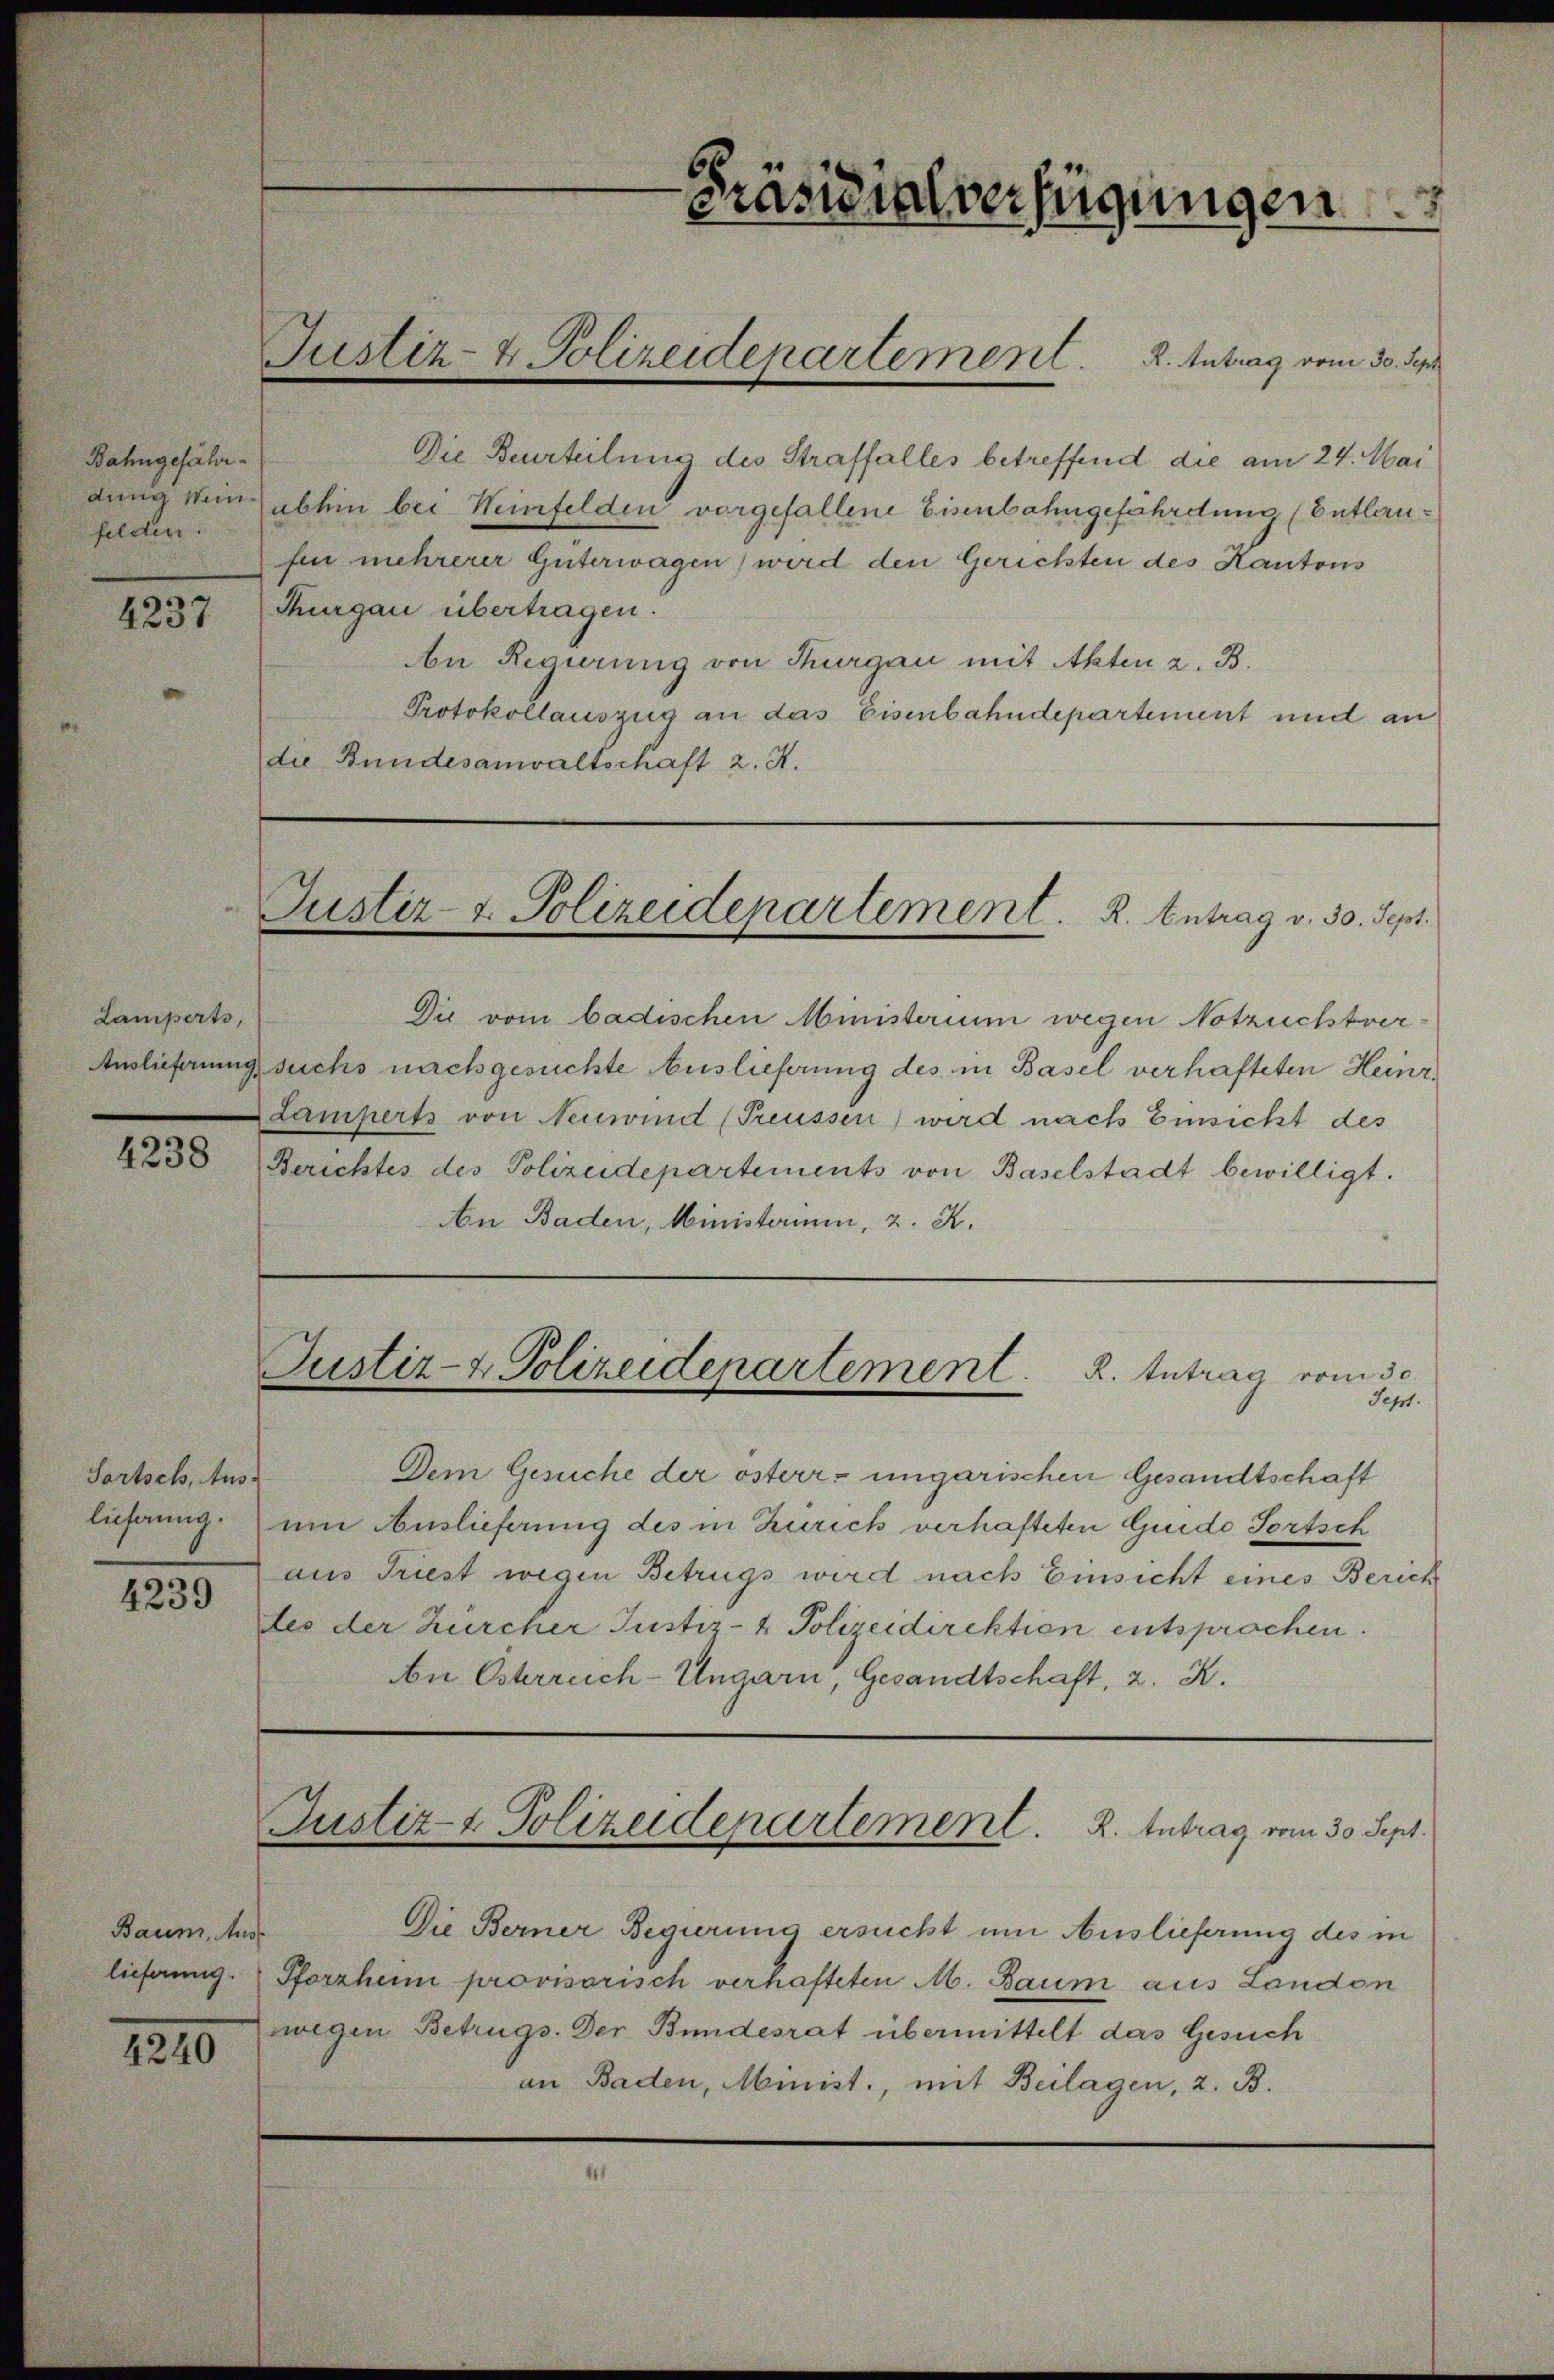
Präsidialverfügungen
Justiz- & Polizeidepartement. R. Antrag vom 30. Sept.
Die Beurteilung des Straffalles betreffend die am 24. Mai
abhin bei Weinfelden vorgefallene Eisenbahngefährdung (Entlau¬
fen mehrerer Güterwagen) wird den Gerichten des Kantons
Thurgau übertragen.
An Regierung von Thurgau mit Akten z. B.
Protokollauszug an das Eisenbahndepartement und an
die Bundesanwaltschaft z. K.
Justiz- & Polizeidepartement. R. Antrag v. 30. Sept.
Die vom badischen Ministerium wegen Notzuchtver¬
suchs nachgesuchte Auslieferung des in Basel verhafteten Heinr.
Lamperts von Neuwind (Preussen) wird nach Einsicht des
Berichtes des Polizeidepartements von Baselstadt bewilligt.
An Baden, Ministerium, z. K.
Justiz- & Polizeidepartement. R. Antrag vom 30.
Sept.
Dem Gesuche der österr.-ungarischen Gesandtschaft
um Auslieferung des in Zürich verhafteten Guido Sortsch
aus Triest wegen Betrugs wird nach Einsicht eines Berich¬
tes der Zürcher Justiz- & Polizeidirektion entsprochen.
An Österreich-Ungarn, Gesandtschaft, z. K.
Justiz- & Polizeidepartement. R. Antrag vom 30. Sept.
Die Berner Regierung ersucht um Auslieferung des in
Pforzheim provisorisch verhafteten M. Baum aus London
wegen Betrugs. Der Bundesrat übermittelt das Gesuch
an Baden, Minist., mit Beilagen, z. B.

Bahngefähr¬
dung Wein¬
felden.
4237

Lamperts,
Auslieferung
4238

Sortsch, Aus¬
lieferung.
4239

Baum, Aus¬
lieferung.
4240